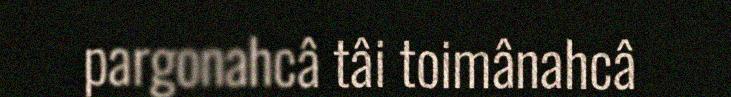
pargonahcâ tâi toimânahcâ